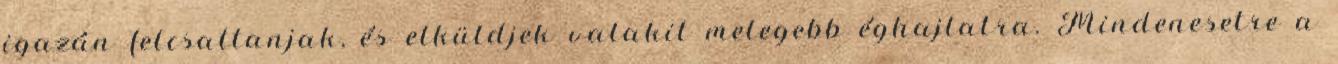
igazán felcsattanjak, és elküldjek valakit melegebb éghajlatra. Mindenesetre a